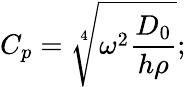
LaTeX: C_{p}=\sqrt[4]{\omega^{2}\frac{D_{0}}{h\rho}};